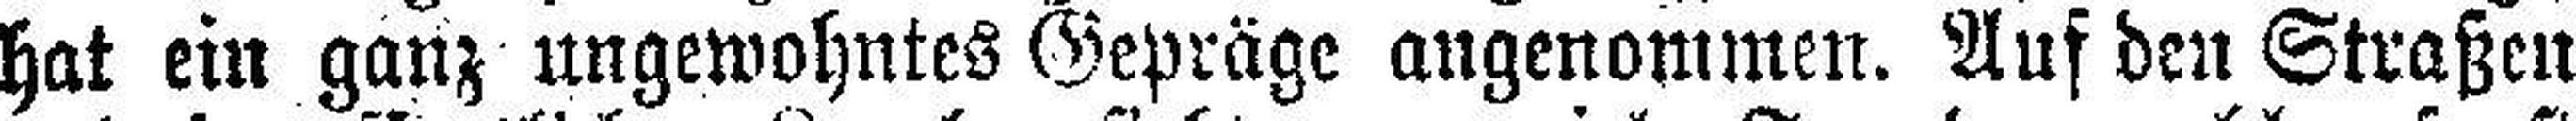
hat ein ganz ungewohntes Gepräge angenommen. Auf den Straßen